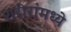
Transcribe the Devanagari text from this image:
शरीरांमध्ये